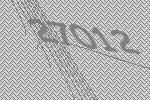
27012